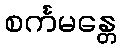
စင်္ကမန္တေ